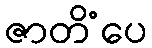
ဇာတိံပေ